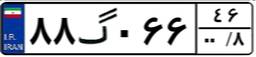
۶۶گ۵۰۱۳۱